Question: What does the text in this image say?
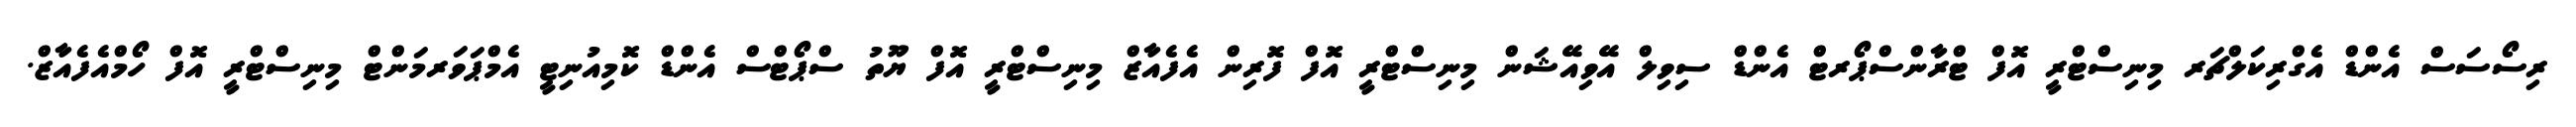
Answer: ރިސޯސަސް އެންޑް އެގްރިކަލްޗަރ މިނިސްޓްރީ އޮފް ޓްރާންސްޕޯރޓް އެންޑް ސިވިލް އޭވިއޭޝަން މިނިސްޓްރީ އޮފް ފޮރިން އެފެއާޒް މިނިސްޓްރީ އޮފް ޔޫތު ސްޕޯޓްސް އެންޑް ކޮމިއުނިޓީ އެމްޕަވަރމަންޓް މިނިސްޓްރީ އޮފް ހޯމްއެފެއާޒް.